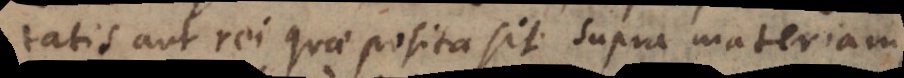
tatis aut rei quae posita sit supra materiam,